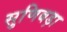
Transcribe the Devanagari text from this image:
सुणिबड़ा